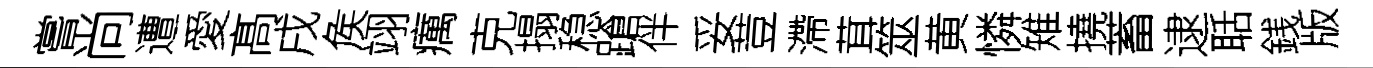
嘗尚遭愛髙戌矦翊癘克搨稳蹌伴妥荳滯茸筮黄憐雉撓蓄逮聒銭版